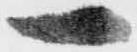
一